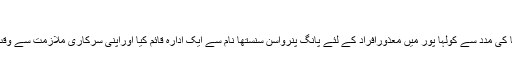
”
ایک بار پھر انہوں نے بابوکاکا کی مدد سے کولہا پور میں معذورافراد کے لئے پانگ پنرواسن سنستھا نام سے ایک ادارہ قائم کیا اوراپنی سرکاری ملازمت سے وقت سے پہلے ریٹائرمنٹ لے لیا۔